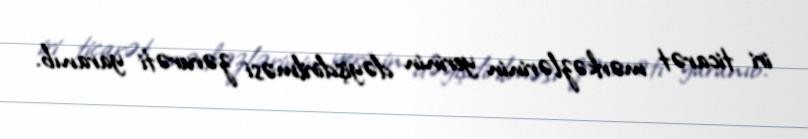
iri ticarət mərkəzlərinin yerinin dəyişdirilməsi zərurəti yaranıb.